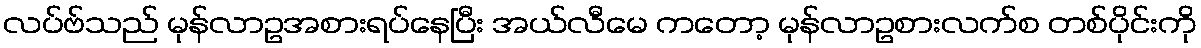
လပ်ဗ်သည် မုန်လာဥအစားရပ်နေပြီး အယ်လီမေ ကတော့ မုန်လာဥစားလက်စ တစ်ပိုင်းကို